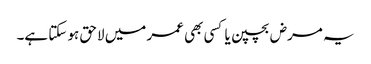
یہ مرض بچپن یا کسی بھی عمر میں لاحق ہو سکتا ہے۔